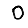
Digit: 0